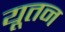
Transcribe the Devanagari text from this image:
यूतन